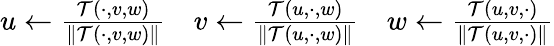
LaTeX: \begin{array}{r}{u\leftarrow\frac{{\mathcal{T}}(\cdot,v,w)}{\Vert{\mathcal{T}}(\cdot,v,w)\Vert}\quad v\leftarrow\frac{{\mathcal{T}}(u,\cdot,w)}{\Vert{\mathcal{T}}(u,\cdot,w)\Vert}\quad w\leftarrow\frac{{\mathcal{T}}(u,v,\cdot)}{\Vert{\mathcal{T}}(u,v,\cdot)\Vert}}\end{array}